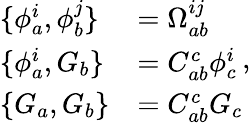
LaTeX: \begin{array}{ll}{{\{ \phi_{a}^{i},\phi_{b}^{j}\} }}&{{=\Omega_{ab}^{ij}}}\\ {{\{ \phi_{a}^{i},G_{b}\} }}&{{=C_{ab}^{c}\phi_{c}^{i}}}\\ {{\{ G_{a},G_{b}\} }}&{{=C_{ab}^{c}G_{c}}}\end{array},